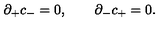
\partial _ { + } c _ { - } = 0 , \qquad \partial _ { - } c _ { + } = 0 .